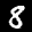
Label: 8